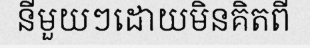
នីមួយៗដោយមិនគិតពី